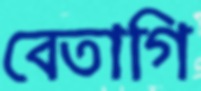
বেতাগি